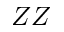
Z Z